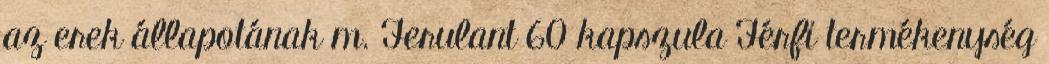
az erek állapotának m. Ferulant 60 kapszula Férfi termékenység